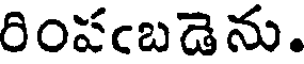
రింపఁబడెను.